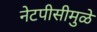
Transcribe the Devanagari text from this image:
नेटपीसीमुळे